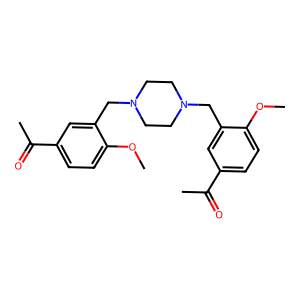
SMILES: COc1ccc(C(C)=O)cc1CN1CCN(Cc2cc(C(C)=O)ccc2OC)CC1
Inhibits HIV replication: No